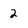
Character: 2